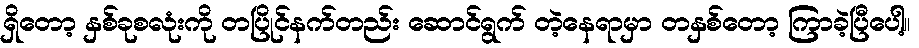
ရှိတော့ နှစ်ခုစလုံးကို တပြိုင်နက်တည်း ဆောင်ရွက် တဲ့နေရာမှာ တနှစ်တော့ ကြာခဲ့ပြီပေါ့။